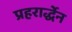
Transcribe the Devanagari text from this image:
प्रहरार्द्धेन